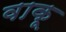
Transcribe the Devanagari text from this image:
वाकू